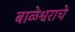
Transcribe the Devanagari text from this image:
बाळेश्वराचे